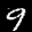
Label: 9